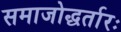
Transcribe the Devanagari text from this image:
समाजोद्धर्तारः